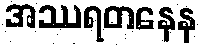
အဿရတနေန